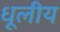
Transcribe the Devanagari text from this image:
धूलीय